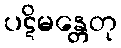
ပဋိမန္တေတု